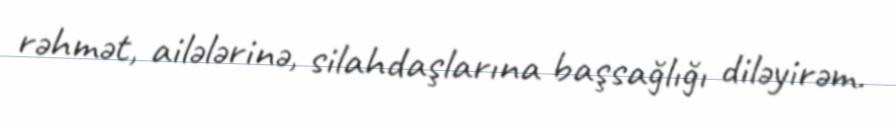
rəhmət, ailələrinə, silahdaşlarına başsağlığı diləyirəm.